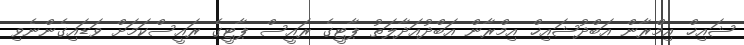
ޝައިޚް އިމްރާން އަބްދުޝައިޚް އިމްރާން އަބްދުއަދާލަތު ޕާޓީގެ ރައީސް ޕާޓީގެ ރައީސްކަމަށް ވަޑައިގެންނެވި